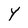
Character: Y